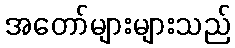
အတော်များများသည်